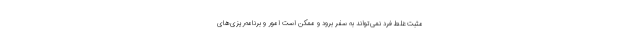
مثبت غلط فرد نمی‌تواند به سفر برود و ممکن است امور و برنامه‌ریزی‌های